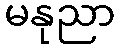
မနုညာ